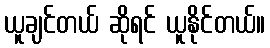
ယူချင်တယ် ဆိုရင် ယူနိုင်တယ်။